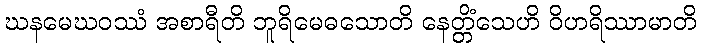
ဃနမေဃဝဿံ အစာရီတိ ဘူရိမေဓသောတိ နေတ္တိံသေဟိ ဝိဟရိဿာမာတိ